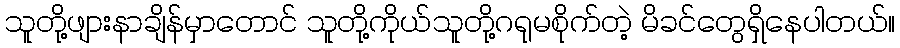
သူတို့ဖျားနာချိန်မှာတောင် သူတို့ကိုယ်သူတို့ဂရုမစိုက်တဲ့ မိခင်တွေရှိနေပါတယ်။